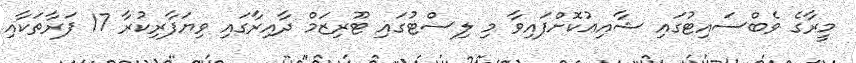
މީރާގެ ވެބްސައިޓުގައި ޝާއިޢުކޮށްފައިވާ މި ލިސްޓުގައި ޓޫރިޒަމް ދާއިރާގައި ވިޔަފާރިކުރާ 17 ފަރާތަކާއި